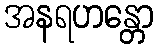
အနရဟန္တော